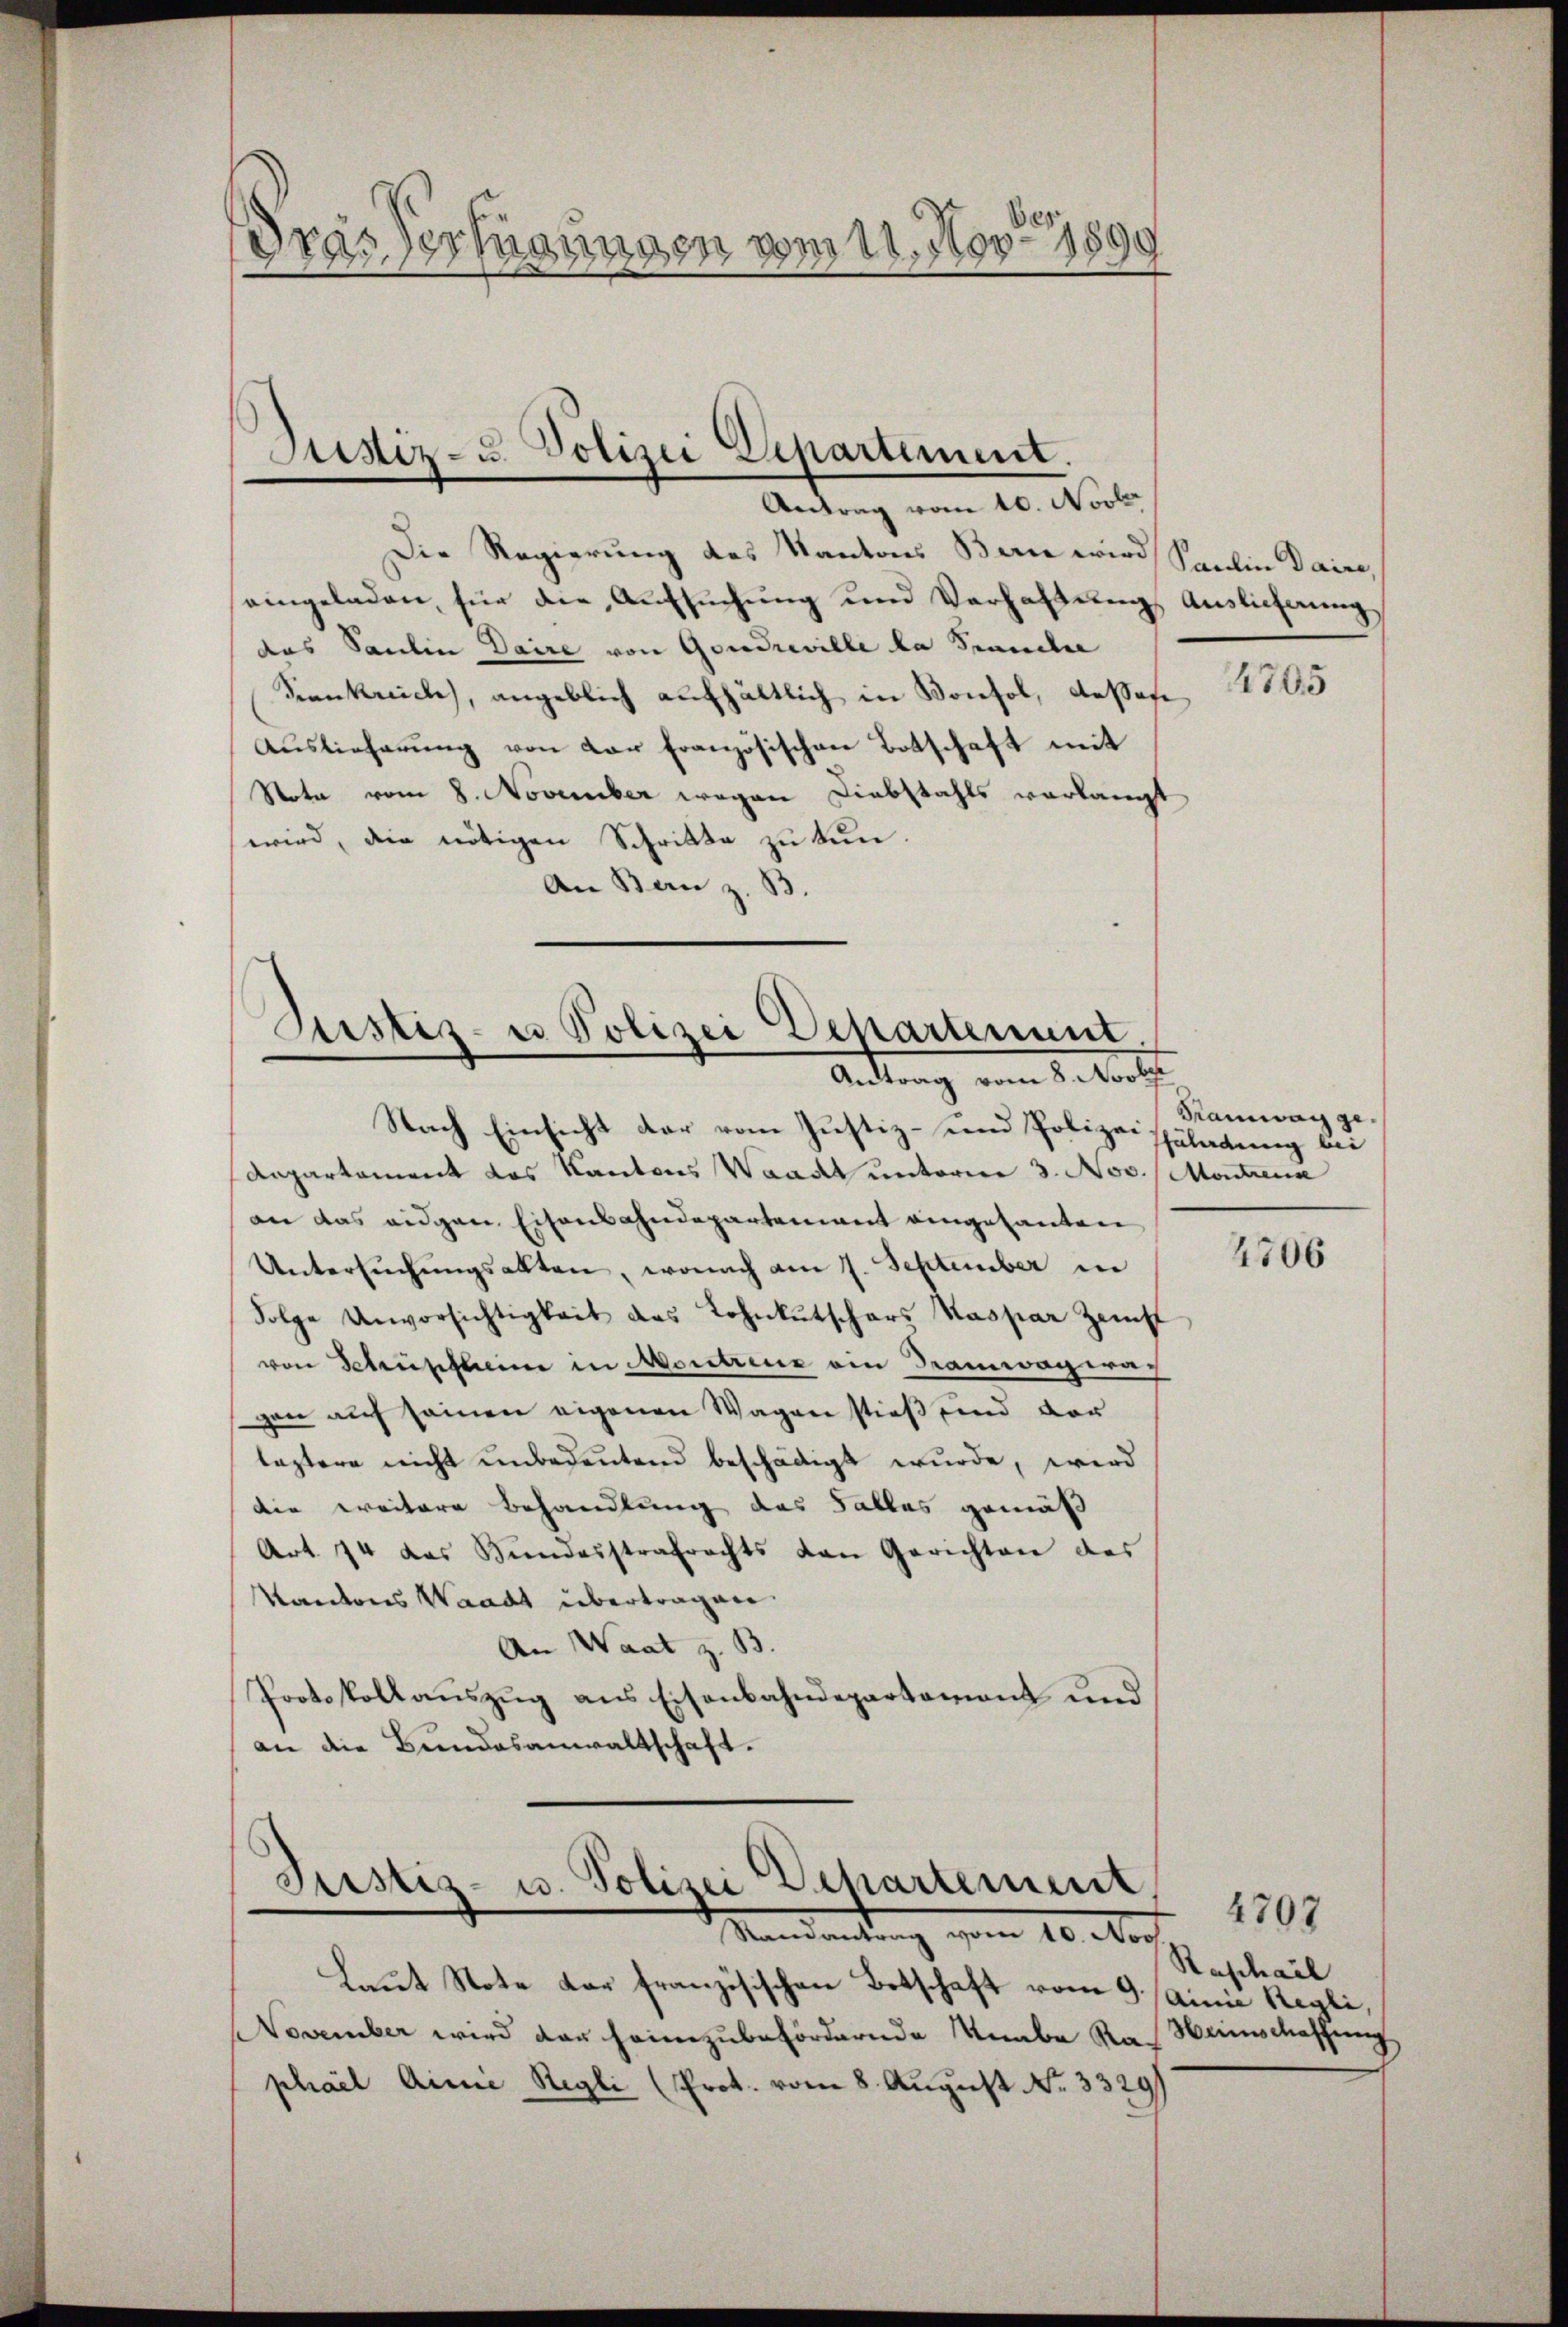
89
Dras erfügungen vom 11. Nov. 198.

Die Regierung des Kantons Bern wird
eingeladen, für die Aufsuchung und Verhaltung Auslieferung
das Saulin Daire von Gondreville la Semmelee
Sankreich, angeblich aufhältlich in Konsol, dessese
Auslieferung von der französischen Botschaft mit
Nota vom 8. November wegen Diebstahls verlangt
wird, die nötigen Schritte zu tun.
An Bau z. B.

Justiz- u. Polizei Departement.
Antrag vom 10. Novb

Justiz- u Polizei Departenunt
Antrag vom 8. Novbr

Nach Einsicht der vom Justiz- und Polizeispäladung bei
Aepartement das Kantons Waadt unterne 3. Nov. Montrena
an das eidgen Eisenbahndepartement eingesanten
Untersŭchŭngsakten, wonach am 7. September in
Folge Unvorsichtigkeit des Lohnkutschars Kaspar Zunft
von Schüpfheime in Montreux ain Tramwageragen auf seinen eigenen Wagen stieß und vor
leztere nicht unbedeŭtend beschädigt wurde, wird
die ereitere Behandlung des Falles gemäß
Art. 74 das Bundesstrafrechts von Gerichten des
Kantons Waadt übertragen.
An Waat z. B
Protokollauszug aus Eisenbahndepartement und
an die Bundesanwaltschaft.

Justiz- u. Polizei Departement
Mandankung vom 10. Noch

Laut Note der französischen Botschaft vom 9. (Annia Regli,
NNovember wird der heimzubefördernde Knabe Rath Weinschaffung
phael Ainie Regli (Prot. vom 8. August No. 33291

Paulin daire,

4705

Ramwag ge

4706

Raphail

4707